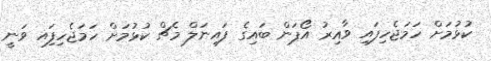
ކުޅުމަށް ހަމަޖެހިފައި ވާއިރު އޯޕަން ބައިގެ ފައިނަލް މެޗް ކުޅުމަށް ހަމަޖެހިފަިއ ވަނީ